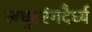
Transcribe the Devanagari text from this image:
लघुतरंगदैर्ध्य